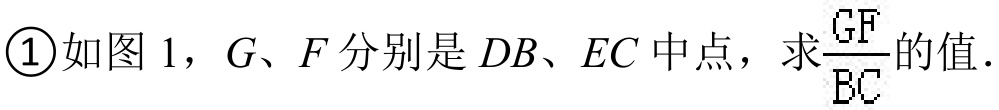
\textcircled{1}如图 1，\(G\)、\(F\)分别是\(DB\)、\(EC\)中点，求\(\frac{GF}{BC}\)的值．